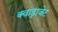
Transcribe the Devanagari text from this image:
क्वाड्राजेट